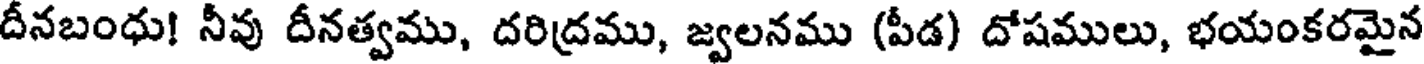
దీనబంధు! నీవు దీనత్వము, దరిద్రము, జ్వలనము (పీడ) దోషములు, భయంకరమైన